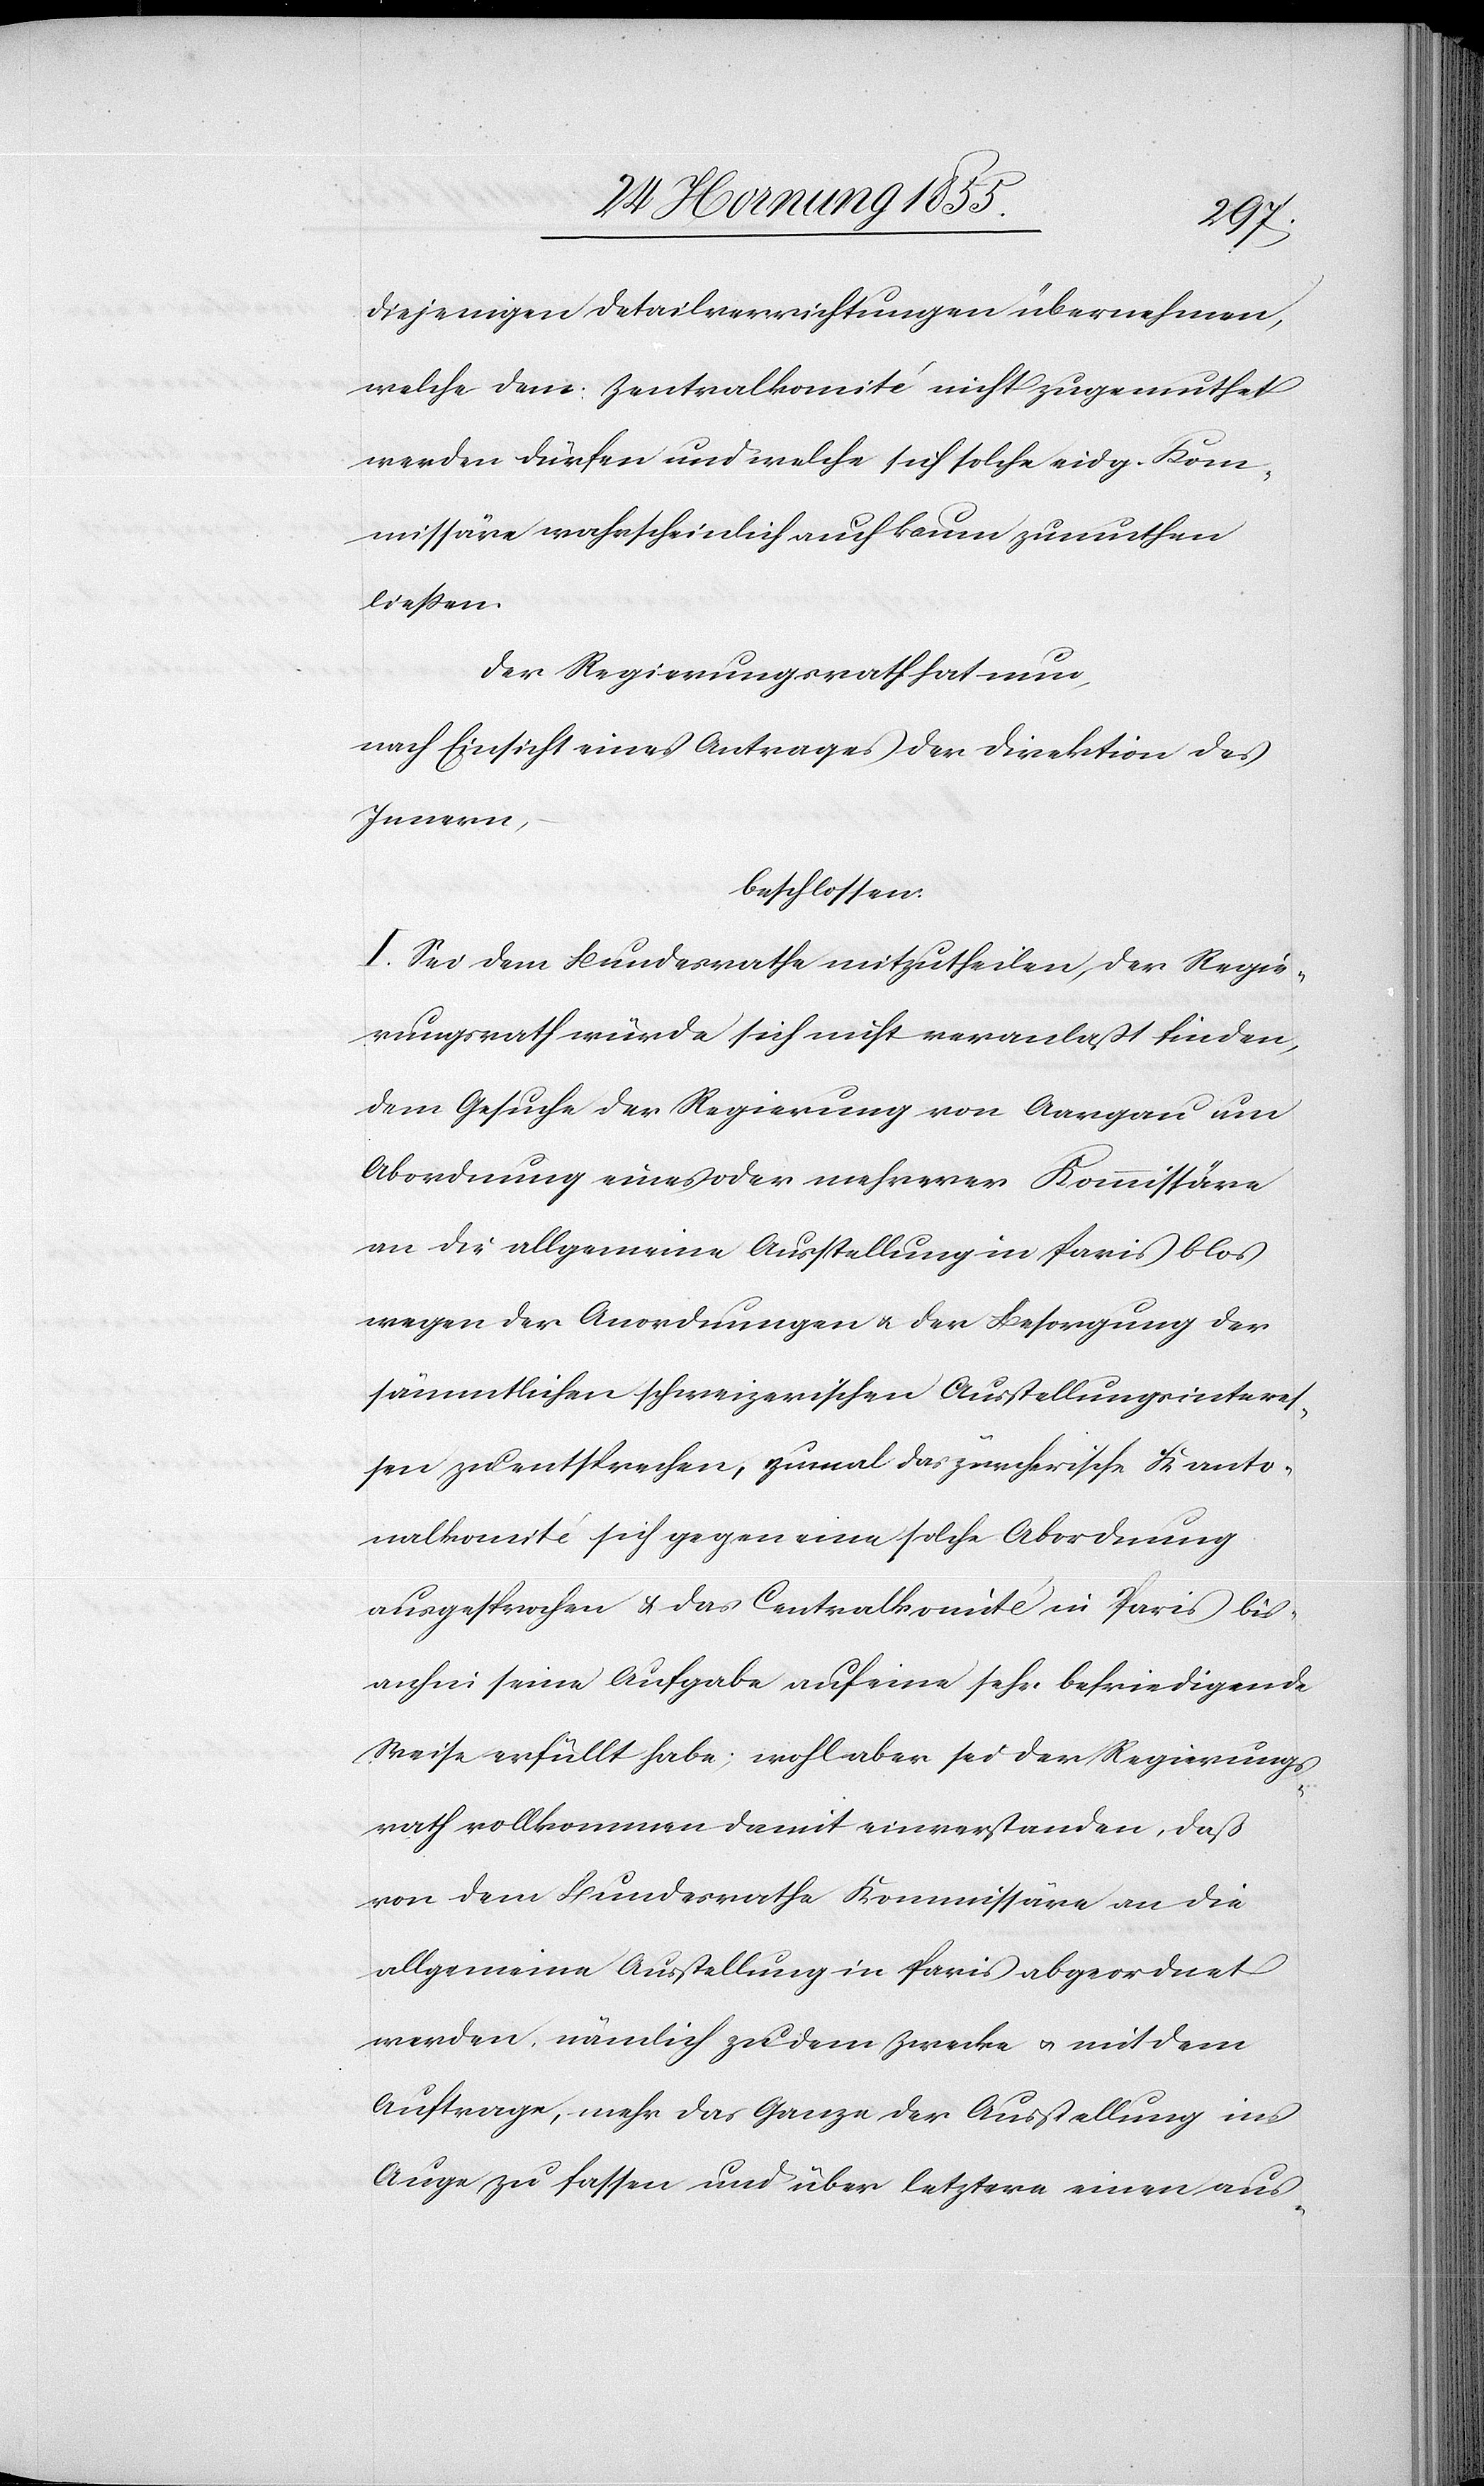
diejenigen Detailverrichtungen übernehmen,
welche dem Zentralkomité nicht zugemuthet
werden dürfen und welche sich solche eidg. Kom¬
missäre wahrscheinlich auch kaum zumuthen
ließen.
Der Regierungsrath hat nun,
nach Einsicht eines Antrages der Direktion des
Innern,
beschlossen:
I. Sei dem Bundesrathe mitzutheilen, der Regie¬
rungsrath würde sich nicht veranlaßt finden,
dem Gesuche der Regierung von Aargau um
Abordnung eines oder mehrerer Kommissäre
an die allgemeine Ausstellung in Paris blos
wegen der Anordnungen & der Besorgung der
sämmtlichen schweizerischen Ausstellungsinteres¬
sen zu entsprechen, zumal das zürcherische Kanto¬
nalkomité sich gegen eine solche Abordnung
ausgesprochen & das Centralkomité in Paris bis¬
anhin seine Aufgabe auf eine sehr befriedigende
Weise erfüllt habe; wohl aber sei der Regierungs¬
rath vollkommen damit einverstanden, daß
von dem Bundesrathe Kommissäre an die
allgemeine Ausstellung in Paris abgeordnet
werden, nämlich zu dem Zwecke & mit dem
Auftrage, mehr das Ganze der Ausstellung ins
Auge zu fassen und über letztere einen aus-